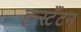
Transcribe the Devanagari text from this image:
हन्स्टँटन